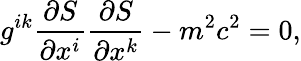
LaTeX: g^{ik}\frac{\partial S}{\partial x^{i}}\frac{\partial S}{\partial x^{k}}-m^{2}c^{2}=0,